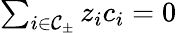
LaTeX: \begin{array}{r}{\sum_{i\in\mathcal{C}_{\pm}}{z_{i}c_{i}}=0}\end{array}